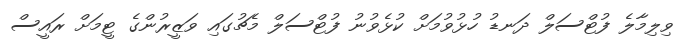
ވިލިމާލެ ފުޓްސަލް ދަނޑު ހުޅުވުމަށް ކުޅެވުނު ފުޓްސަލް މެޗުގައި ވަޒީރުންގެ ޓީމަށް ރައީސް